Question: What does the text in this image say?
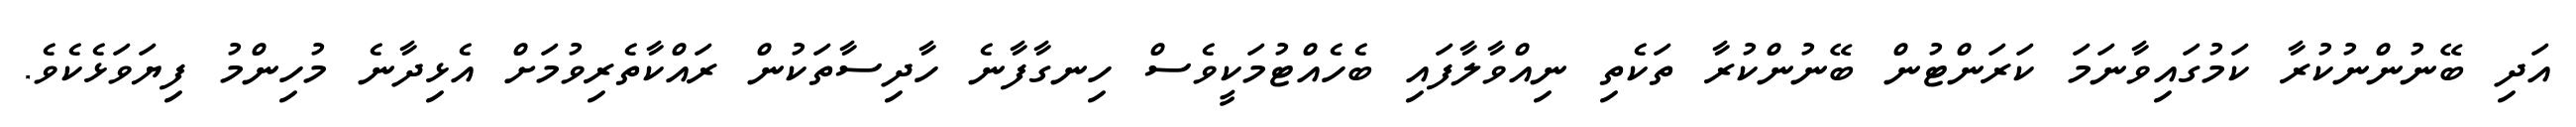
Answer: އަދި ބޭނުންނުކުރާ ކަމުގައިވާނަމަ ކަރަންޓުން ބޭނުންކުރާ ތަކެތި ނިއްވާލާފައި ބެހެއްޓުމަކީވެސް ހިނގާފާނެ ހާދިސާތަކުން ރައްކާތެރިވުމަށް އެޅިދާނެ މުހިންމު ފިޔަވަޅެކެވެ.